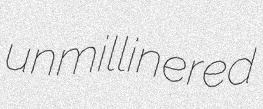
unmillinered